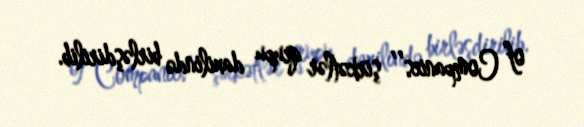
of Companies’’ şirkətlər qrupu daxilində birləşdirilib.